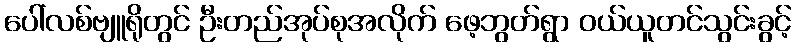
ပေါ်လစ်ဗျူရိုတွင် ဦးတည်အုပ်စုအလိုက် ဖေ့ဘွတ်ရွာ ဝယ်ယူတင်သွင်းခွင့်